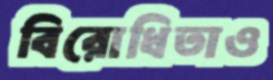
বিরোধিতাও